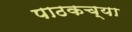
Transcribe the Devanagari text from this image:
पाठकच्या